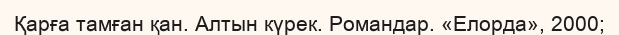
Қарға тамған қан. Алтын күрек. Романдар. «Елорда», 2000;